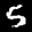
Label: 5